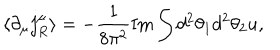
LaTeX: \langle \partial _ { \mu } j _ { R } ^ { \mu } \rangle = - \frac { 1 } { 8 \pi ^ { 2 } } \mathrm { I m } \int d ^ { 2 } \theta _ { 1 } d ^ { 2 } \theta _ { 2 } u ,